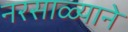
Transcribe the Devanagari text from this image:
नरसाळ्याने